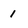
Character: 1